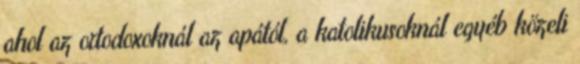
ahol az ortodoxoknál az apától, a katolikusoknál egyéb közeli